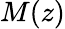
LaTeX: M(z)